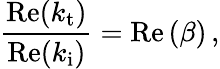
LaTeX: \frac{\mathrm{Re}(k_{\mathrm{t}})}{\mathrm{Re}(k_{\mathrm{i}})}=\mathrm{Re}\left(\beta\right)\, ,